Indian Medical Review
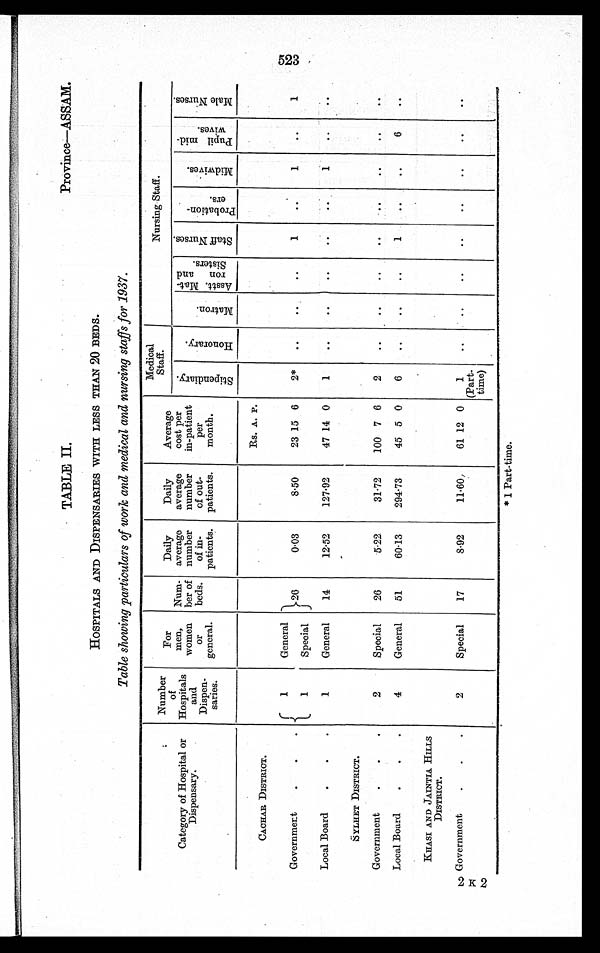
Province—ASSAM.
TABLE II.
HOSPITALS AND DISPENSARIES WITH LESS THAN 20 BEDS.
Table showing particulars of work and medical and nursing staffs for 1937.
Category of Hospital or
'Dispensary.
Number
of
Hospitals
and
Dispen-
saries.
For
men,
women
or
general.
Num-
ber of
beds.
Daily
average
number
of in-
patients.
Daily
average
number
of out-
patients.
Average
cost per
in-patient
per
month.
Medical
Staff.
I
Nursing Staff.
S t i b e n d i a r y .
H o n o r a r y .
M a t r o n .
A s s t . M a t -
r o n a n d
s i s t e r s .
S t a f f N u r s e s .
p r o b a t i o n -
e r s .
M i d w i v e s .
P u p i l m i d - w i v e s .
M a l e N u r s e s .
CACHAR DISTRICT.
1
General
26
0.03
8.50
Rs. A. P.
2*
..
..
..
1
..
1
..
1
Government
23 15 6
1
Special
Local Board
1
General
14
12.52
127.92
47 14 0
1
..
..
..
..
..
1
..
S Y L H E T D I S T R I C T .
2
Special
26
5.22
31.72
100 7 6
2
..
..
..
..
. .
..
. .
...
Government
.
.
.
Local Board
4
General
51
60.13
294.73
45 5 0
6
. .
..
..
1
. .
..
6
..
KHASI AND JAINTIA HILLS
DISTRICT.
2
Special
17
8.92
11.60,
61 12 0
1
(Part-
time)
. .
. .
..
..
..
. .
. .
. .
Government
523
* 1 Part-time.